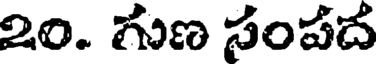
20. గుణ సంపద